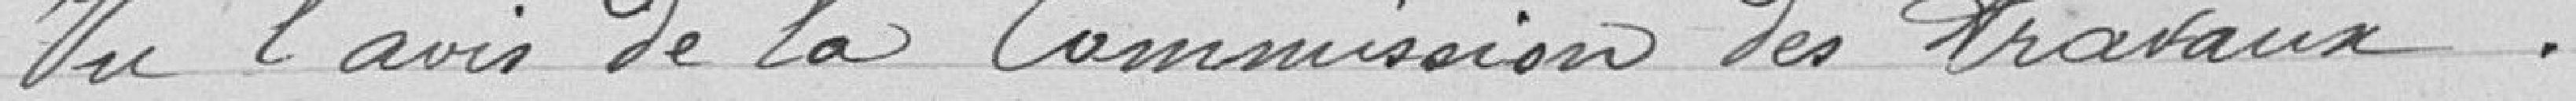
Vu l'avis de la Commission des travaux,